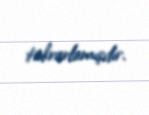
təkrarlamışdır.